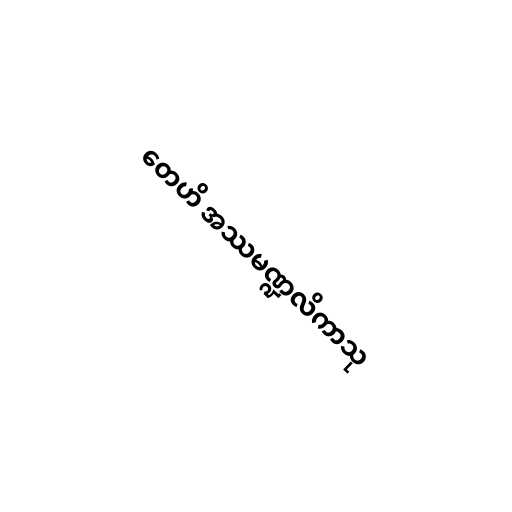
တေဟိ အဿမဏ္ဍလိကာသု